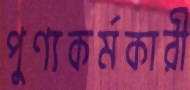
পুণ্যকর্মকারী